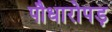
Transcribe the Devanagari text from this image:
पौधारोपड़